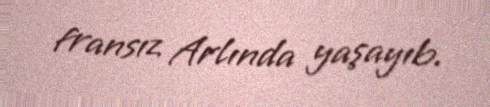
fransız Arlında yaşayıb.